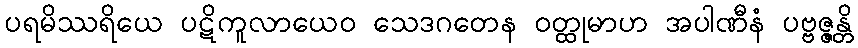
ပရမိဿရိယေ ပဋိကူလာယေဝ သေဒဂတေန ဝတ္ထုမာဟ အပါဏီနံ ပဗ္ဗဇ္ဇန္တိ